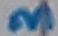
Text: 3